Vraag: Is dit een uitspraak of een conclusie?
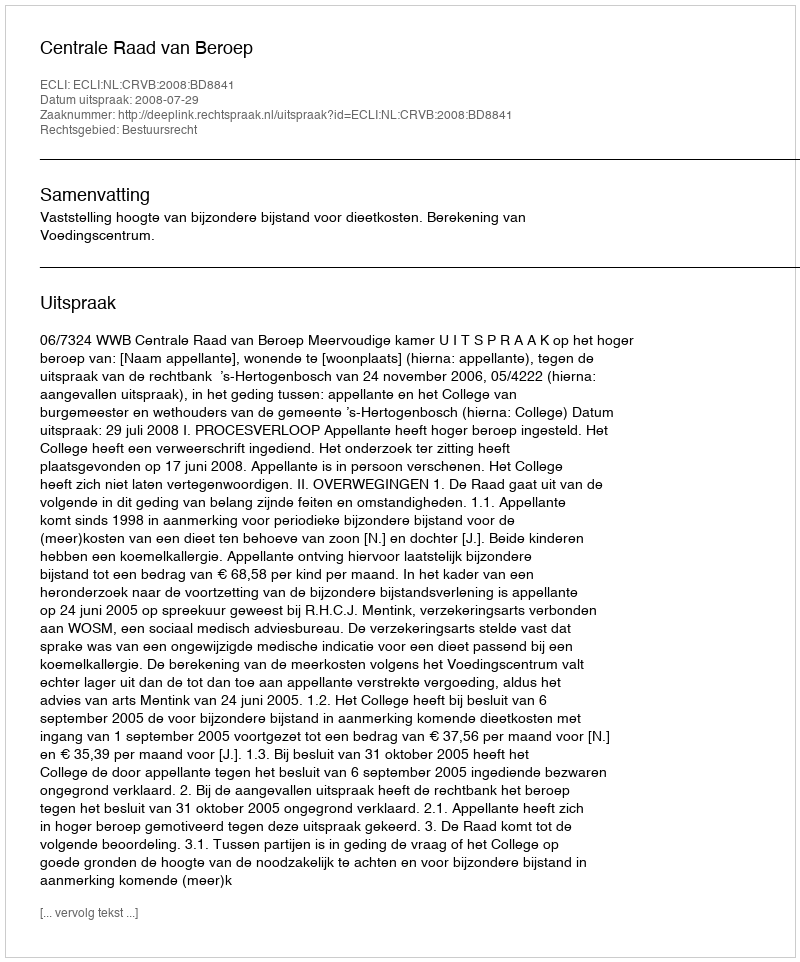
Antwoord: Uitspraak